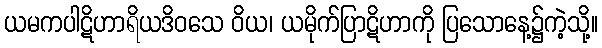
ယမကပါဋိဟာရိယဒိဝသေ ဝိယ၊ ယမိုက်ပြာဋိဟာကို ပြသောနေ့၌ကဲ့သို့။